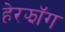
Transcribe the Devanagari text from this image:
हेरझॉग